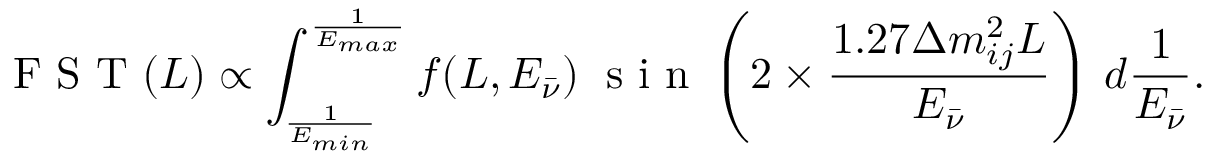
\mathrm { ~ F ~ S ~ T ~ } ( L ) \propto \int _ { \frac { 1 } { E _ { m i n } } } ^ { \frac { 1 } { E _ { m a x } } } f ( L , E _ { \bar { \nu } } ) \; \mathrm { ~ s ~ i ~ n ~ } \left( 2 \times \frac { 1 . 2 7 \Delta m _ { i j } ^ { 2 } L } { E _ { \bar { \nu } } } \right) \, d \frac { 1 } { E _ { \bar { \nu } } } .